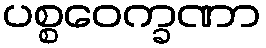
ပစ္စဝေက္ခဏာ